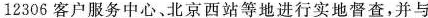
12306客户服务中心、北京西站等地进行实地督查，并与